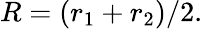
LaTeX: R=(r_{1}+r_{2})/2.